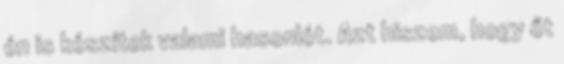
én is készítek valami hasonlót. Azt hiszem, hogy őt